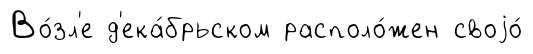
Во́зл'е д'ека́брьском располо́жен своjо́